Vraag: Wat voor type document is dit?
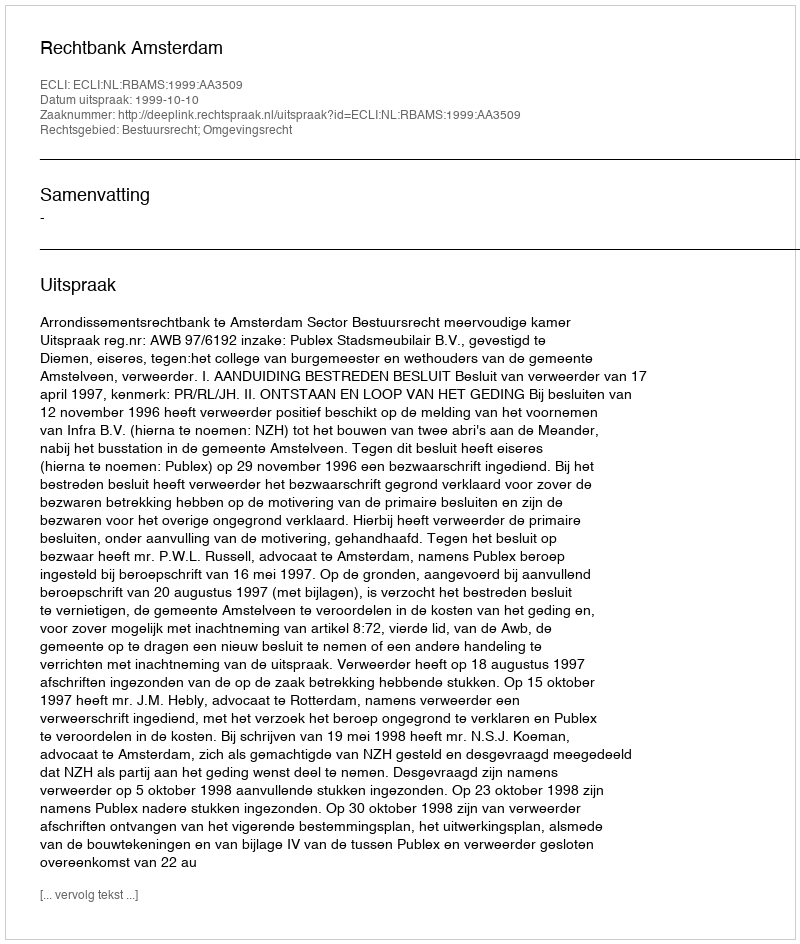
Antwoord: Uitspraak